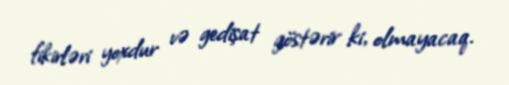
fikirləri yoxdur və gedişat göstərir ki, olmayacaq.